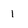
Character: 1